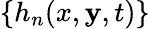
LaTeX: \{ h_{n}(x,\mathbf{y},t)\}